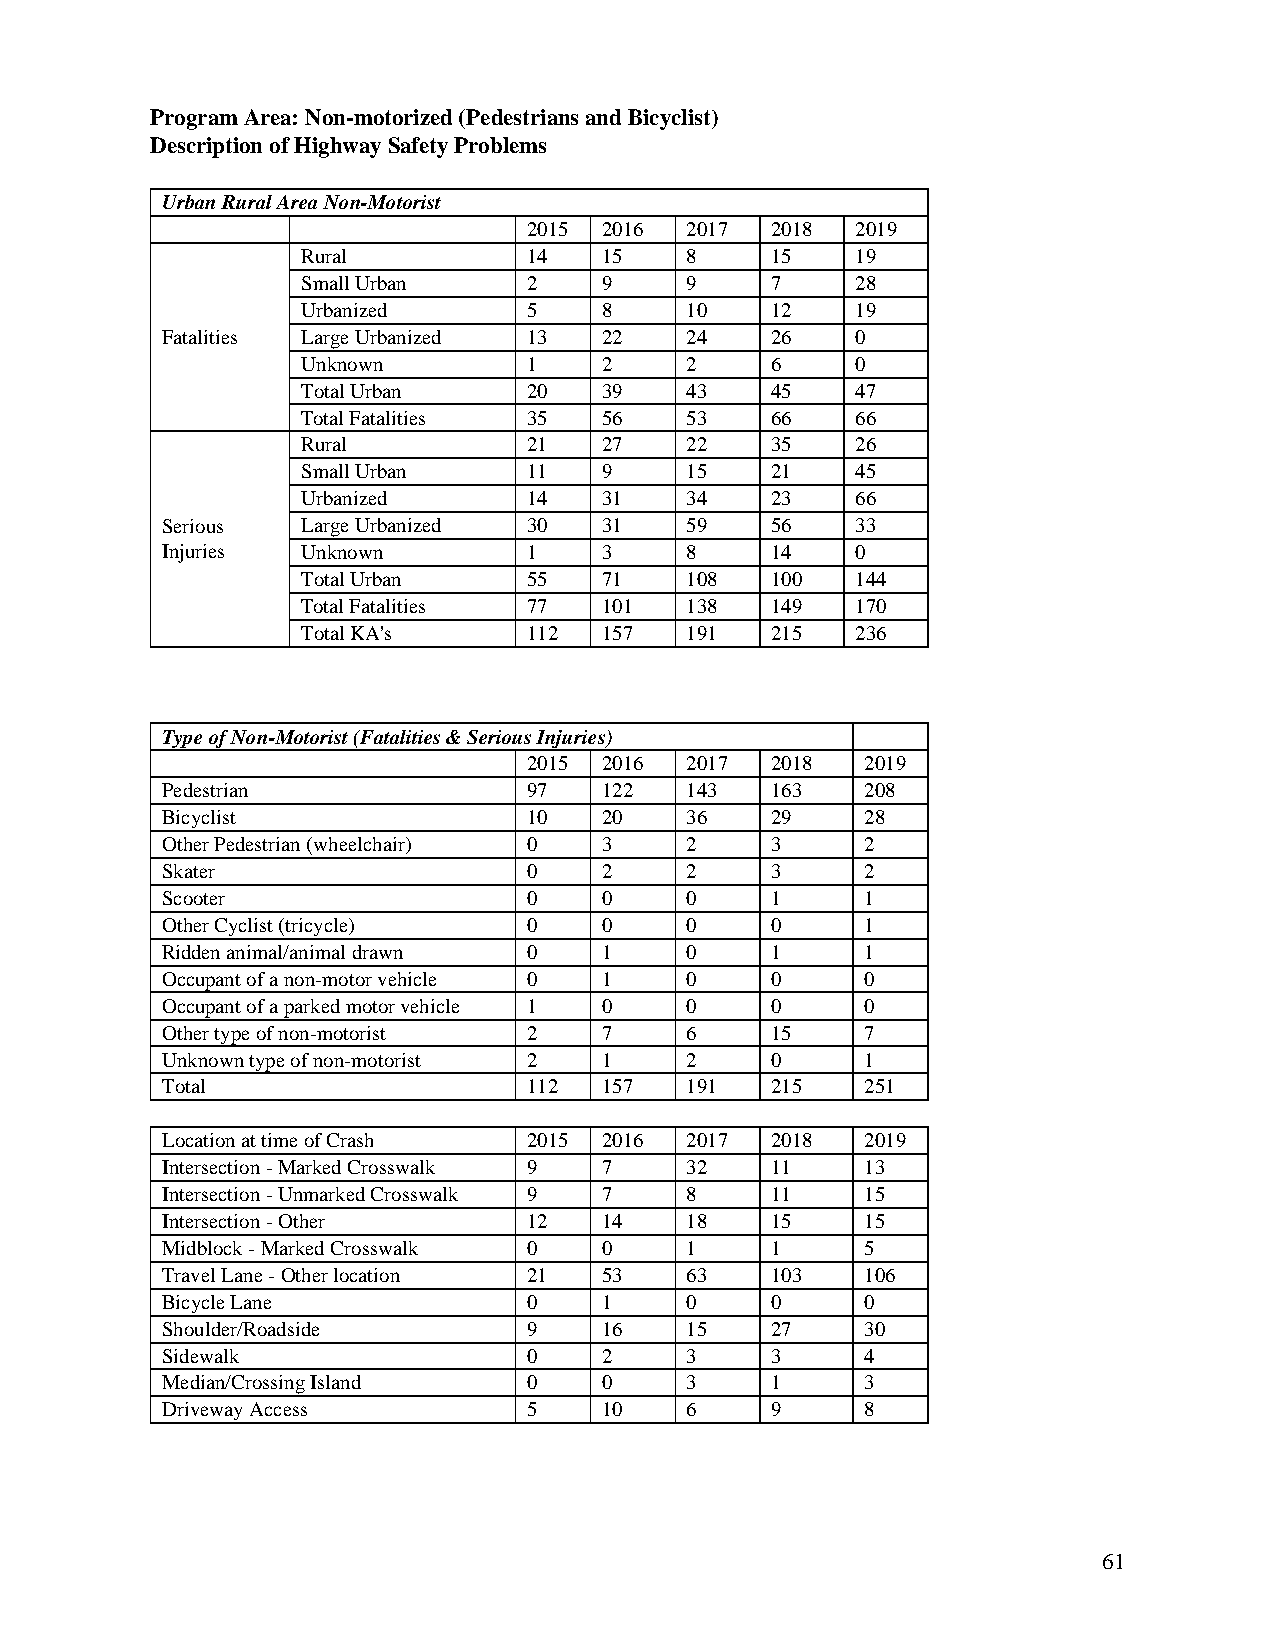
Program Area: Non-motorized (Pedestrians and Bicyclist)
 Description of Highway Safety Problems
 Urban Rural Area Non-Motorist
 2015 2016 2017  2018  2019
 Rural          14   15   8     15    19
 Small Urban    2    9    9     7     28
 Urbanized      5    8    10    12    19
 Fatalities Large Urbanized 13 22  24    26    0
 Unknown        1    2    2     6     0
 Total Urban    20   39   43    45    47
 Total Fatalities 35 56   53    66    66
 Rural          21   27   22    35    26
 Small Urban    11   9    15    21    45
 Urbanized      14   31   34    23    66
 Serious  Large Urbanized 30  31   59    56    33
 Injuries Unknown        1    3    8     14    0
 Total Urban    55   71   108   100   144
 Total Fatalities 77 101  138   149   170
 Total KA's     112  157  191   215   236
 Type of Non-Motorist (Fatalities & Serious Injuries)
 2015 2016 2017  2018  2019
 Pedestrian              97   122  143   163   208
 Bicyclist               10   20   36    29    28
 Other Pedestrian (wheelchair) 0 3 2     3     2
 Skater                  0    2    2     3     2
 Scooter                 0    0    0     1     1
 Other Cyclist (tricycle) 0   0    0     0     1
 Ridden animal/animal drawn 0 1    0     1     1
 Occupant of a non-motor vehicle 0 1 0   0     0
 Occupant of a parked motor vehicle 1 0 0 0    0
 Other type of non-motorist 2 7    6     15    7
 Unknown type of non-motorist 2 1  2     0     1
 Total                   112  157  191   215   251
 Location at time of Crash 2015 2016 2017 2018 2019
 Intersection - Marked Crosswalk 9 7 32  11    13
 Intersection - Unmarked Crosswalk 9 7 8 11    15
 Intersection - Other    12   14   18    15    15
 Midblock - Marked Crosswalk 0 0   1     1     5
 Travel Lane - Other location 21 53 63   103   106
 Bicycle Lane            0    1    0     0     0
 Shoulder/Roadside       9    16   15    27    30
 Sidewalk                0    2    3     3     4
 Median/Crossing Island  0    0    3     1     3
 Driveway Access         5    10   6     9     8
 61